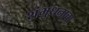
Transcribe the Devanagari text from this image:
शंभुधनाचा